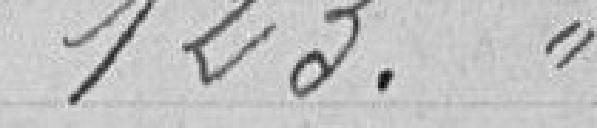
123. 0